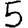
Digit: 5